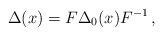
\begin{align*}\Delta(x)=F\Delta_0(x)F^{-1}\,, \end{align*}